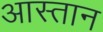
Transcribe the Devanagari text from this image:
आस्तान